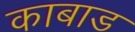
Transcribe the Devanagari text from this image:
काबाड